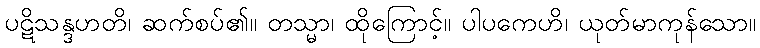
ပဋိသန္ဒဟတိ၊ ဆက်စပ်၏။ တသ္မာ၊ ထိုကြောင့်။ ပါပကေဟိ၊ ယုတ်မာကုန်သော။